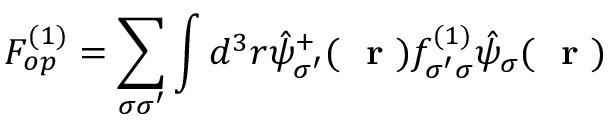
F _ { o p } ^ { ( 1 ) } = \sum _ { \sigma \sigma ^ { \prime } } \int d ^ { 3 } r \hat { \psi } _ { \sigma ^ { \prime } } ^ { + } ( \mathrm { ~ \bf ~ r ~ } ) f _ { \sigma ^ { \prime } \sigma } ^ { ( 1 ) } \hat { \psi } _ { \sigma } ( \mathrm { ~ \bf ~ r ~ } )